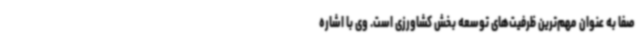
صفا به عنوان مهم‌ترین ظرفیت‌های توسعه بخش کشاورزی است. وی با اشاره